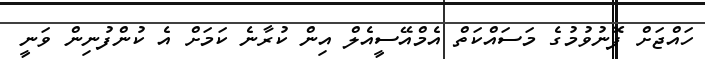
ހައްޖަށް ފޮނުވުމުގެ މަސައްކަތް އެމްއޭސީއެލް އިން ކުރާނެ ކަމަށް އެ ކުންފުނިން ވަނީ